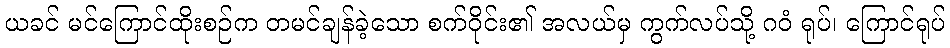
ယခင် မင်ကြောင်ထိုးစဉ်က တမင်ချန်ခဲ့သော စက်ဝိုင်း၏ အလယ်မှ ကွက်လပ်သို့ ဂဝံ ရုပ်၊ ကြောင်ရုပ်